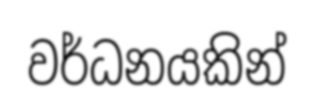
වර්ධනයකින්